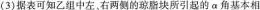
(3)据表可知乙组中左、右两侧的琼脂块所引起的\alpha 角基本相